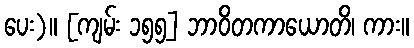
ပေး)။ [ကျမ်း ၁၅၅] ဘာဝိတကာယောတိ၊ ကား။